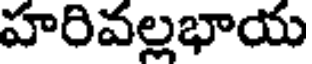
హరివల్లభాయ